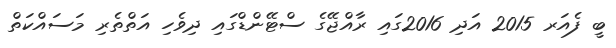
ބީ ފެއަރ 2015 އަދި 2016ގައި ރާއްޖޭގެ ސްޓޭންޑްގައި ދިވެހި އަތްތެރި މަސައްކަތް